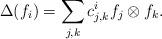
LaTeX: \begin{align*}\Delta(f_{i})=\sum_{j,k}c_{j,k}^{i}f_{j}\otimes f_{k}.\end{align*}